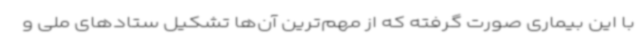
با این بیماری صورت گرفته که از مهم‌ترین آن‌ها تشکیل ستادهای ملی و